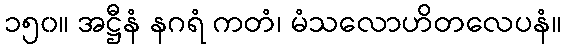
၁၅၀။ အဋ္ဌီနံ နဂရံ ကတံ၊ မံသလောဟိတလေပနံ။